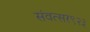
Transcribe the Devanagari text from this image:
संवत्सर९२३